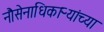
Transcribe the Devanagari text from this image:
नौसेनाधिकाऱ्यांच्या